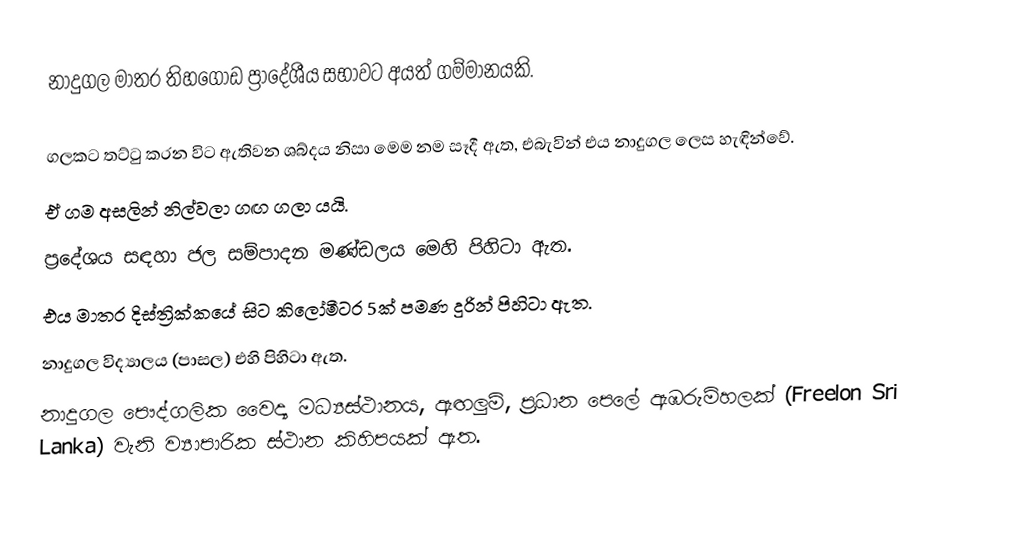
නාදුගල මාතර තිහගොඩ ප්‍රාදේශීය සභාවට අයත් ගම්මානයකි.

 ගලකට තට්ටු කරන විට ඇතිවන ශබ්දය නිසා මෙම නම සෑදී ඇත, එබැවින් එය නාදුගල ලෙස හැඳින්වේ.
 ඒ ගම අසලින් නිල්වලා ගඟ ගලා යයි.
 ප්‍රදේශය සඳහා ජල සම්පාදන මණ්ඩලය මෙහි පිහිටා ඇත.
 එය මාතර දිස්ත්‍රික්කයේ සිට කිලෝමීටර 5ක් පමණ දුරින් පිහිටා ඇත.
 නාදුගල විද්‍යාලය (පාසල) එහි පිහිටා ඇත.
 නාදුගල පෞද්ගලික වෛද්‍ය මධ්‍යස්ථානය, ඇඟලුම්, ප්‍ර්‍ර්‍ර්‍රධාන පෙලේ ඇඹරුම්හලක් (Freelon Sri Lanka) වැනි ව්‍යාපාරික ස්ථාන කිහිපයක් ඇත.